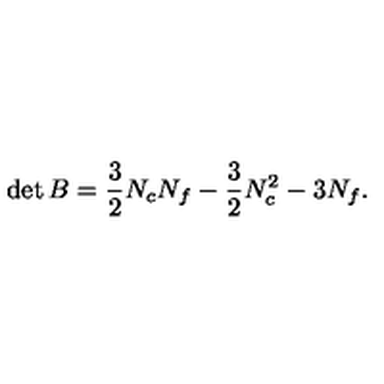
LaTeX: \det B = { \frac { 3 } { 2 } } N _ { c } N _ { f } - { \frac { 3 } { 2 } } N _ { c } ^ { 2 } - 3 N _ { f } .